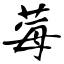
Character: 莓